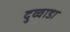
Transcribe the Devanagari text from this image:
दुव्वाडा